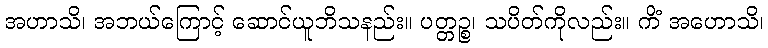
အဟာသိ၊ အဘယ်ကြောင့် ဆောင်ယူဘိသနည်း။ ပတ္တဉ္စ၊ သပိတ်ကိုလည်း။ ကိံ အဟောသိ၊